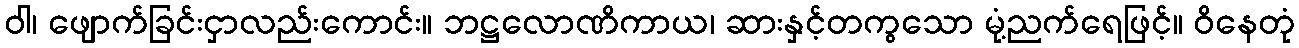
ဝါ၊ ဖျောက်ခြင်းငှာလည်းကောင်း။ ဘဋ္ဌလောဏိကာယ၊ ဆားနှင့်တကွသော မုံ့ညက်ရေဖြင့်။ ဝိနေတုံ